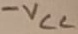
Text: -VCC